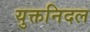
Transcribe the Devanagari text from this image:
युक्तनिदल